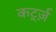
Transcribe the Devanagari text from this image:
कर्ट्ज़